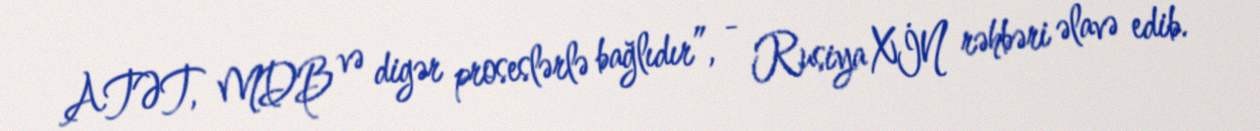
ATƏT, MDB və digər proseslərlə bağlıdır”, - Rusiya XİN rəhbəri əlavə edib.